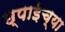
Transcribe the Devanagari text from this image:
छ्पाईच्या